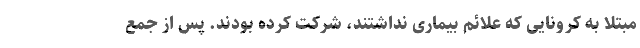
مبتلا به کرونایی که علائم بیماری نداشتند، شرکت کرده بودند. پس از جمع